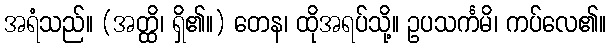
အရံသည်။ (အတ္ထိ၊ ရှိ၏။) တေန၊ ထိုအရပ်သို့။ ဥပသင်္ကမိ၊ ကပ်လေ၏။